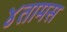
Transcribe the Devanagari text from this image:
४तामस